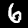
Label: 6